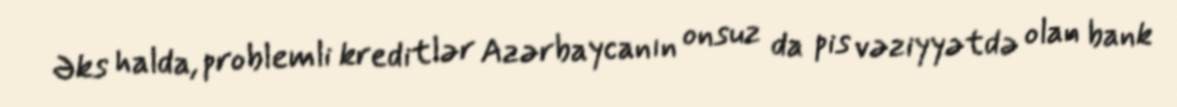
Əks halda, problemli kreditlər Azərbaycanın onsuz da pis vəziyyətdə olan bank